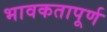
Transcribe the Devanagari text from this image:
भावकतापूर्ण